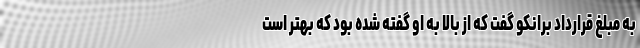
به مبلغ قرارداد برانکو گفت که از بالا به او گفته شده بود که بهتر است